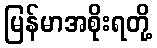
မြန်မာအစိုးရတို့